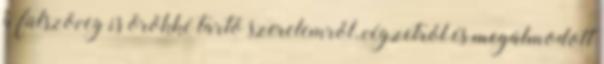
a fülszöveg is örökké tartó szerelemről, végzetről és megálmodott